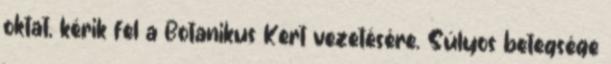
oktat, kérik fel a Botanikus Kert vezetésére. Súlyos betegsége